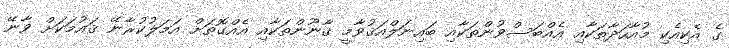
ގެ އެކިއެކި މުއާހަދާތަކާއި އެއްބަސްވުންތަކާއި ބައިނަލްއަޤުވާމީ ޤާނޫންތަކާއި އެއްގޮތަށް އަމަލުކުރާނޭ ޤައުމަކަށް ވާނޭ